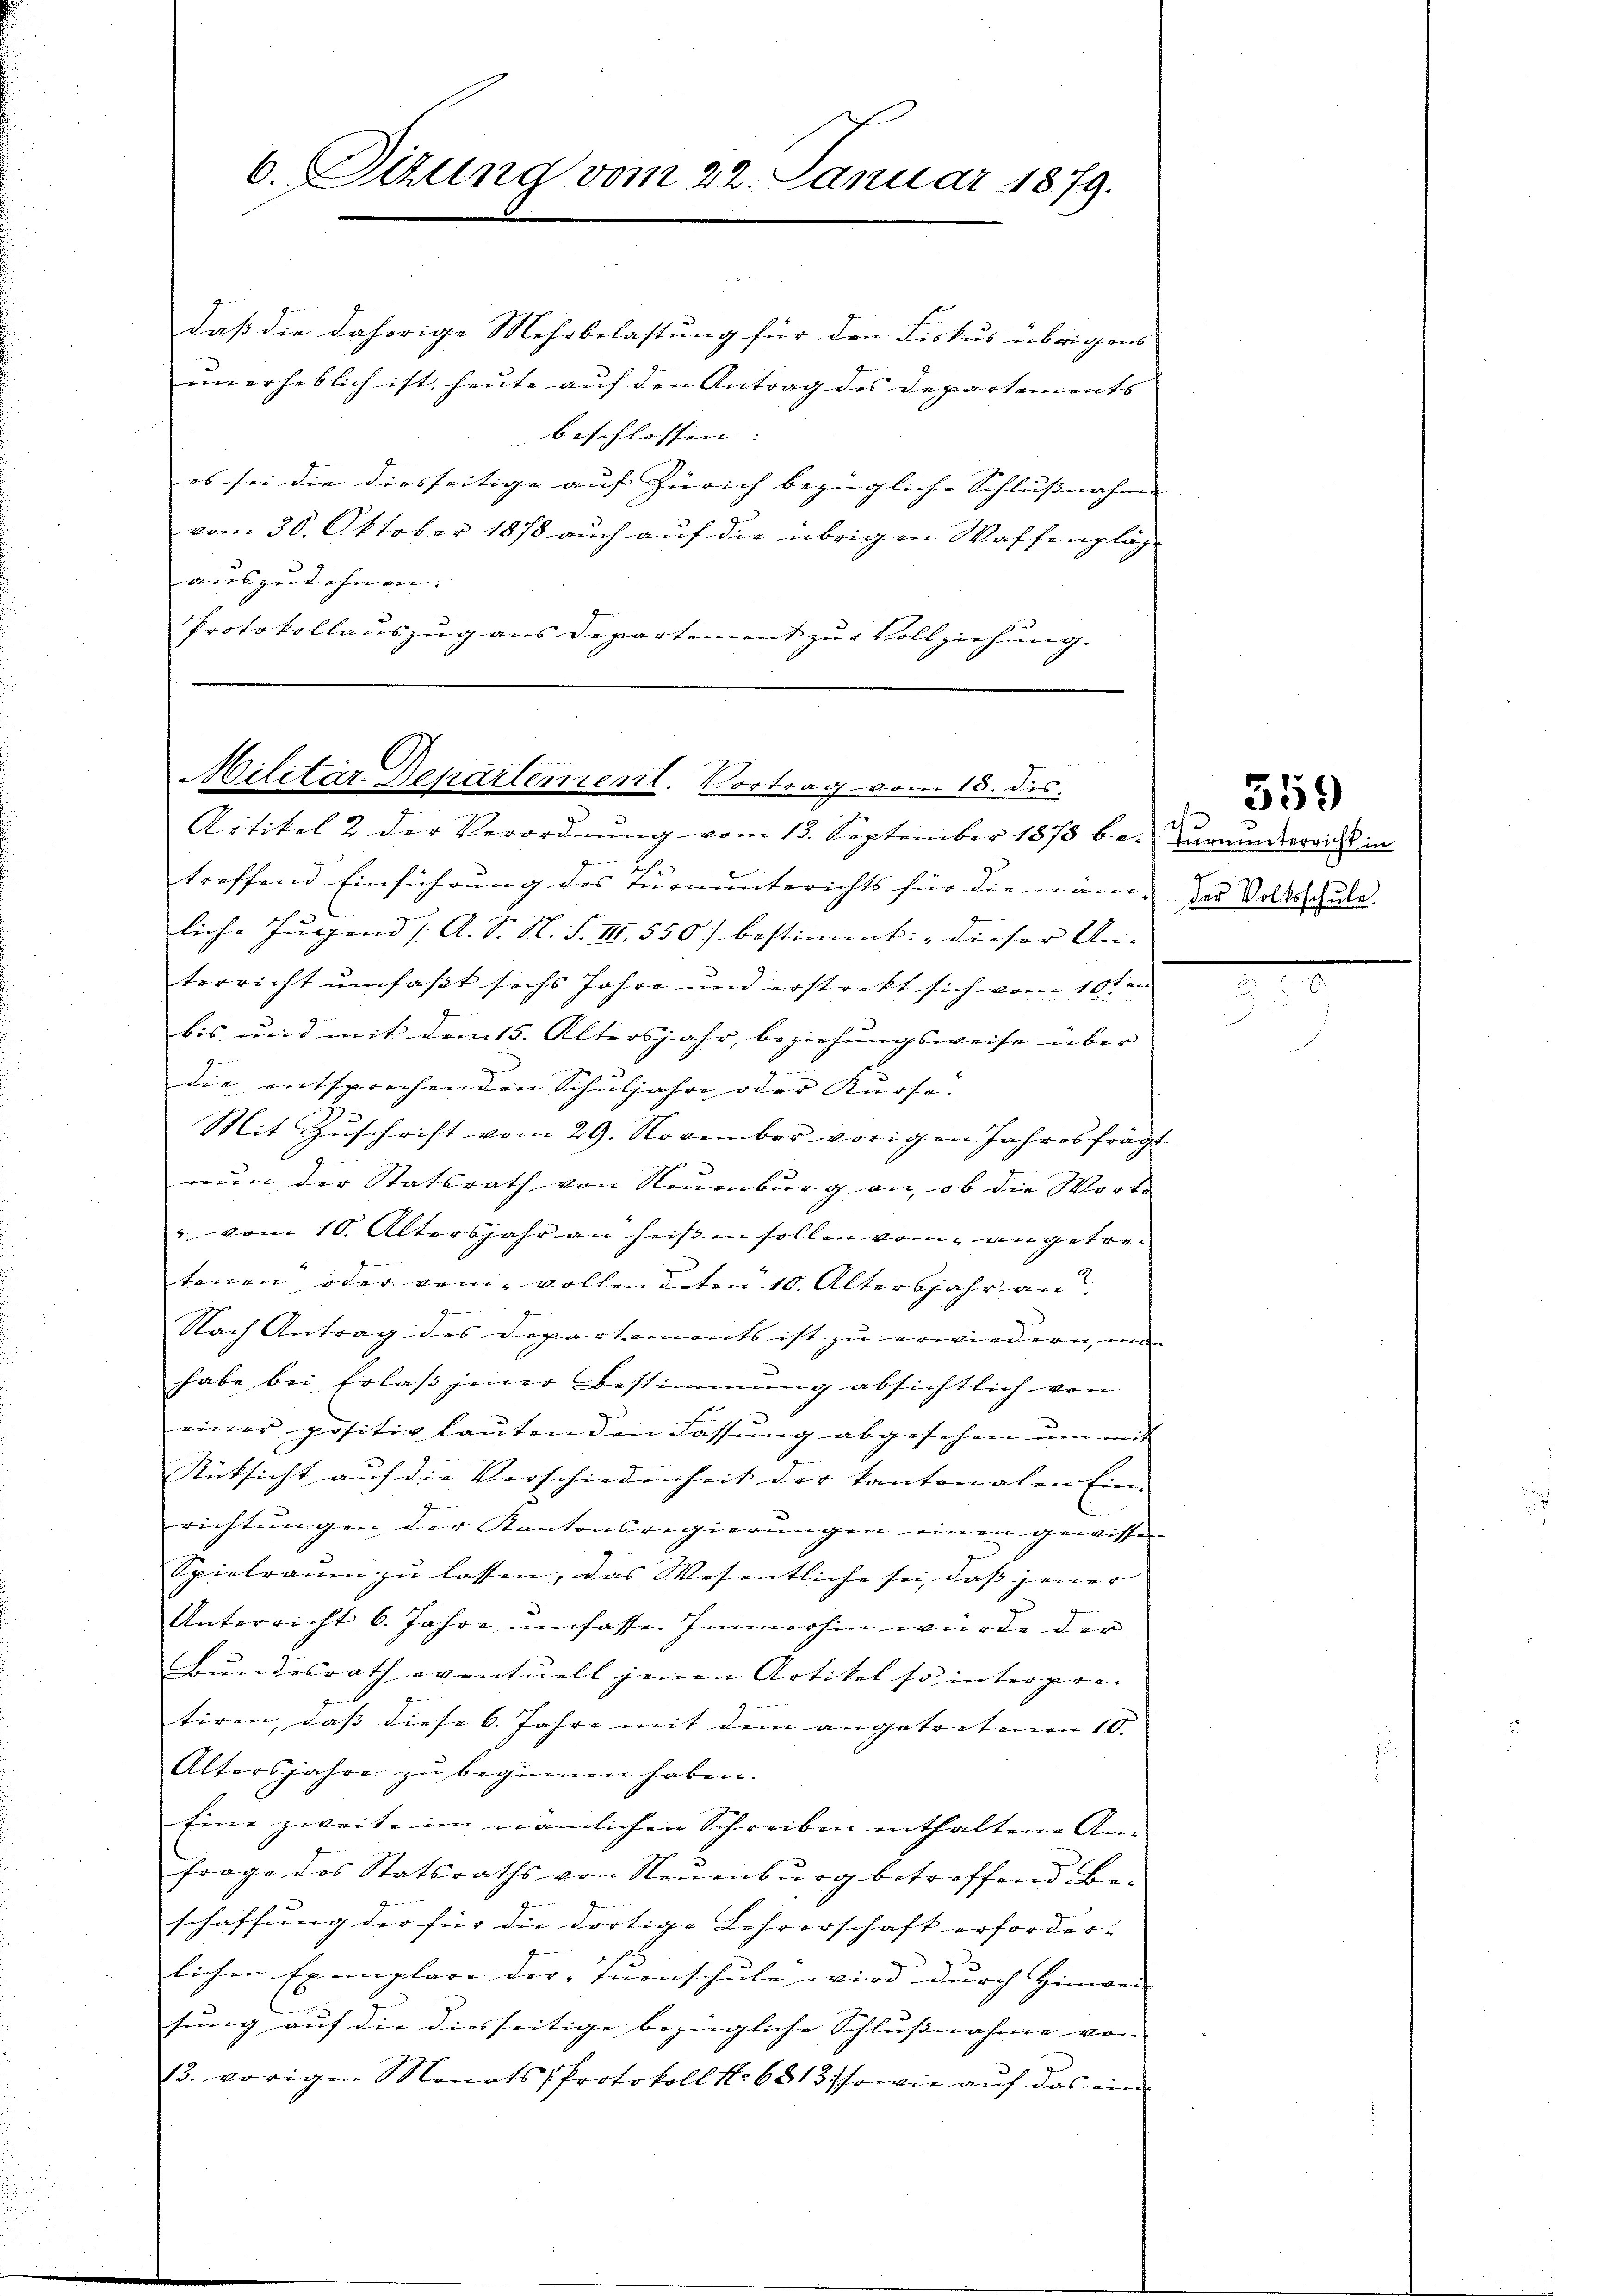
6. Sizung vom 22. Januar 1879.

daß die daherige Mehrbelastung für den Fiskus übrigens |
unerheblich ist, heute auf den Antrag des Departements
beschlossen: |
es sei die diesseitige auf Zürich bezügliche Schlußnahme |
vom 30. Oktober 1878 auch auf die übrigen Waffenpläge
Siebe zur andenen herren werden,
Protokollauszug aus Departement zur Vollziehung.

Militär-Departement. Vortrag vom 15. des
Artikel 2 der Verordnung vom 13. September 1873 be- Zurederreicht in

.
treffend Einführung des fernŭnterichts für die näm- das Volksschule.
liche Jugend /A. S. N. F. III. 550 bestimmt: „Dieser An- |
terricht umfaßt sechs Jahre und erstrekt sich vom 10ten
bis und mit dem 15. Altersjahr, beziehungsweise über
die entsprechenden Schuljahre oder Kurse.
Mit Zuschrift vom 29. November vorigen Jahresfragt
nun der Statsrath von Neuenburg an, ob die Worte |
" vom 10. Altersjahr an heißen sollen vom angetretenen oder vom vollendeten 10. Altersjahr an
Nach Antrag des Departements ist zu erwiedern un
habe bei Erlaβ jener Bestimmung absichtlich von
einer positiv lautenden Fassung abgesehen um mit
Rücksicht auf die Vorschiedenheit der kantonalen Ein- |
richtungen der Kantonsregierungen einen gewissen
Spielraum zu lassen, das Wesentliche sei, dass jener |
Unterricht 6. Jahre umfasse. Immerhin würde der
Bundesrath eventuell jenen Artikel so interpre-
tiren, daß diese 6. Jahre mit dem angetretenen 10.
Altersjahre zu beginnen haben.
Eine zweite im nämlichen Schreiben enthaltene An-
frage des Statsraths von Neuenburg betreffend Be-
schaffung der für die dortige Lehrerschaft erforder-
lichen Exemplare der Inenschule wird durch Hinwen- |
sung auf die diesseitige bezügliche Schlußnahme von |
13. vorigen Monats Protokoll No 6813/so wie aŭf das ein

359